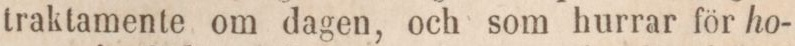
traktamente om dagen, och som hurrar för ho-